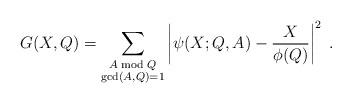
LaTeX: \begin{align*} G(X,Q)=\sum_{\substack{A\bmod Q\\ \gcd(A,Q)=1}} \left| \psi(X;Q,A)-\frac X{\phi(Q)} \right|^2 \;.\end{align*}